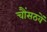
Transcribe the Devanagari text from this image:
चौंसठवें